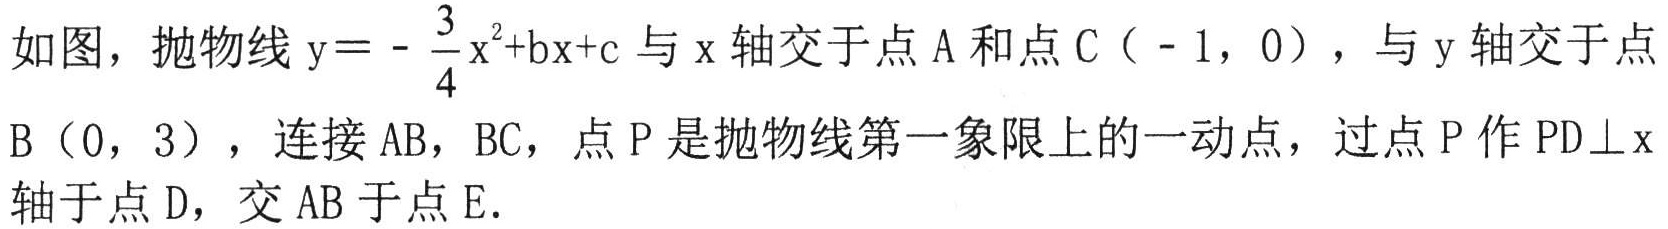
如图，抛物线\(y = -\dfrac{3}{4}x^{2}+bx + c\)与\(x\)轴交于点\(A\)和点\(C（ - 1,0）\)，与\(y\)轴交于点\(B（0,3）\)，连接\(AB\)，\(BC\)，点\(P\)是抛物线第一象限上的一动点，过点\(P\)作\(PD\perp x\)轴于点\(D\)，交\(AB\)于点\(E\).